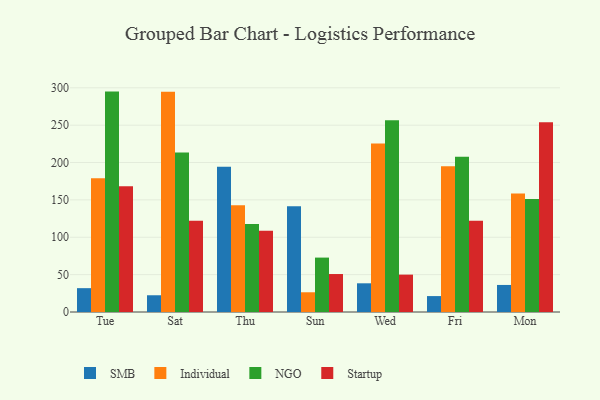
{"axis": {"x": "Day", "y": "Churn Rate (%)"}, "legend": ["Individual", "NGO", "SMB", "Startup"], "data": [{"x": "Tue", "y": 31.9, "type": "SMB"}, {"x": "Tue", "y": 179.1, "type": "Individual"}, {"x": "Tue", "y": 294.9, "type": "NGO"}, {"x": "Tue", "y": 168.2, "type": "Startup"}, {"x": "Sat", "y": 22.4, "type": "SMB"}, {"x": "Sat", "y": 294.6, "type": "Individual"}, {"x": "Sat", "y": 213.5, "type": "NGO"}, {"x": "Sat", "y": 122.2, "type": "Startup"}, {"x": "Thu", "y": 194.2, "type": "SMB"}, {"x": "Thu", "y": 142.8, "type": "Individual"}, {"x": "Thu", "y": 117.7, "type": "NGO"}, {"x": "Thu", "y": 108.7, "type": "Startup"}, {"x": "Sun", "y": 141.4, "type": "SMB"}, {"x": "Sun", "y": 26.4, "type": "Individual"}, {"x": "Sun", "y": 72.8, "type": "NGO"}, {"x": "Sun", "y": 50.8, "type": "Startup"}, {"x": "Wed", "y": 38.4, "type": "SMB"}, {"x": "Wed", "y": 225.4, "type": "Individual"}, {"x": "Wed", "y": 256.6, "type": "NGO"}, {"x": "Wed", "y": 50.0, "type": "Startup"}, {"x": "Fri", "y": 21.3, "type": "SMB"}, {"x": "Fri", "y": 194.9, "type": "Individual"}, {"x": "Fri", "y": 207.6, "type": "NGO"}, {"x": "Fri", "y": 122.1, "type": "Startup"}, {"x": "Mon", "y": 36.2, "type": "SMB"}, {"x": "Mon", "y": 158.6, "type": "Individual"}, {"x": "Mon", "y": 151.1, "type": "NGO"}, {"x": "Mon", "y": 253.8, "type": "Startup"}]}